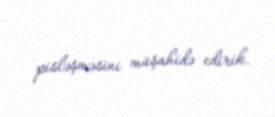
pisləşməsini müşahidə edirik.